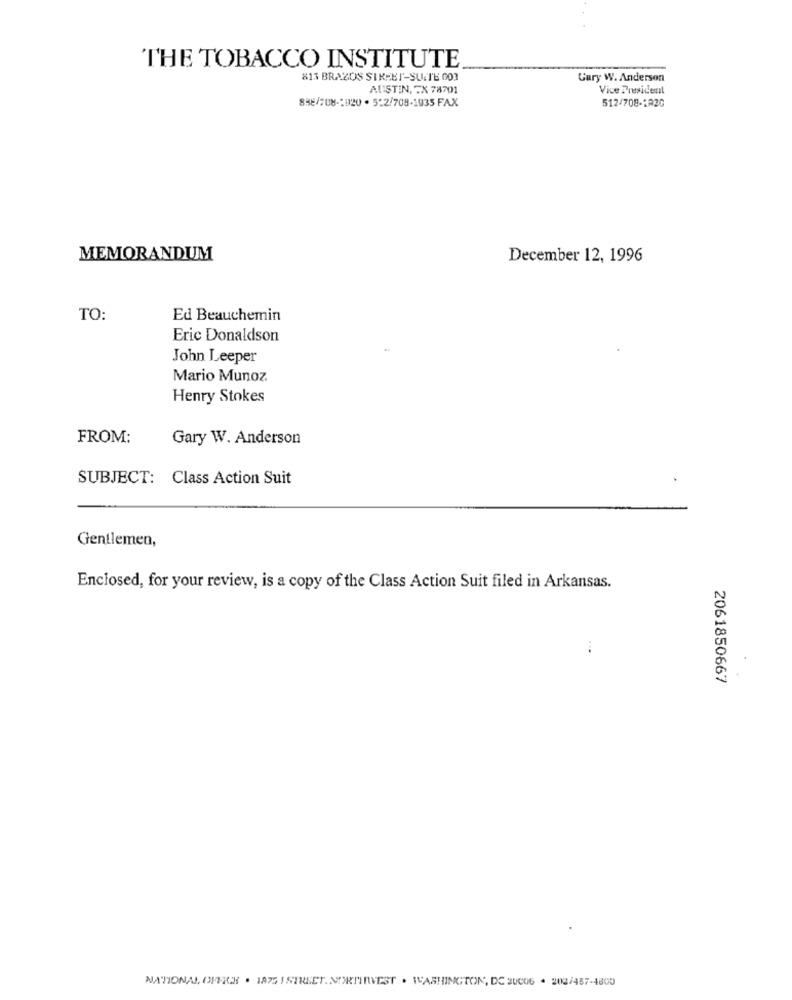
THE TOBACCO INSTITUTE
813 BRAZOS SIRABT-SUITE GOR
Gary W. Anderson
AUSTIN, FX 78701
Vice President
838/708-2020 . 5-2/708-1935 FAX
512/708-1A20
MEMORANDUM
December 12, 1996
TO:
Ed Beauchemin
Eric Donaldson
John Leeper
Mario Munoz.
Henry Stokes
FROM:
Gary W. Anderson
SUBJECT: Class Action Suit
Gentlemen,
Enclosed, for your review, is a copy of the Class Action Suit filed in Arkansas.
...
2061850667
NATIONAL OFFICH . 1875 I STREET. NORTINVEST . WASHINGTON, DC SUCO6 . 202/457-4800